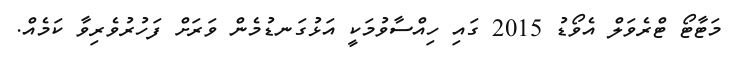
މަޓާޓޯ ޓްރެވަލް އެވޯޑު 2015 ގައި ހިއްސާވުމަކީ އަޅުގަނޑުމެން ވަރަށް ފަހުރުވެރިވާ ކަމެއް.